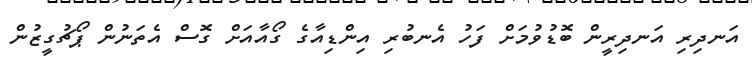
އަނދިރި އަނދިރީން ބޮޑުވުމަށް ފަހު އެނބުރި އިންޑިއާގެ ގޯއާއަށް ގޮސް އެތަނުން ޕޯޗުގީޒުން